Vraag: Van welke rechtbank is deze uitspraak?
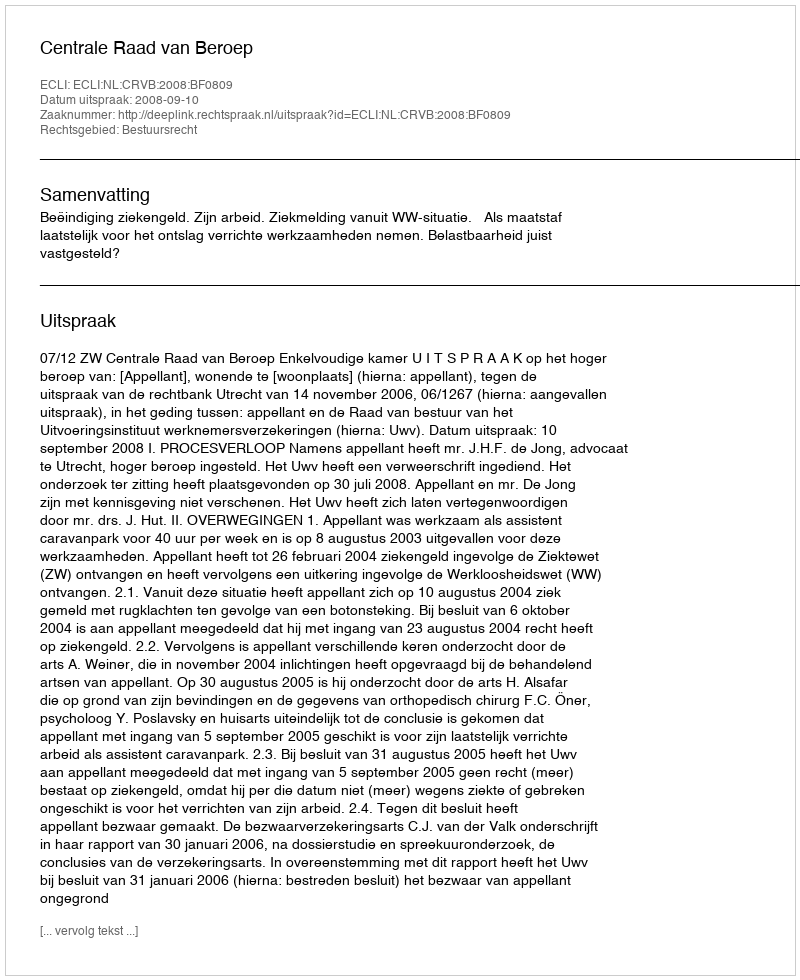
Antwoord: Centrale Raad van Beroep